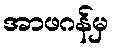
အာဖဂန်မှ